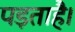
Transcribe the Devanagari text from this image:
पड़ताहै।